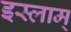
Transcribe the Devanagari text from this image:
इस्लाम्